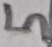
Text: 5